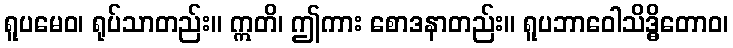
ရူပမေဝ၊ ရုပ်သာတည်း။ ဣတိ၊ ဤကား စောဒနာတည်း။ ရူပဘာဝေါသိဒ္ဓိတောဝ၊